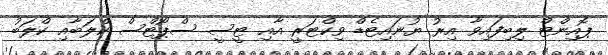
ޕޮއިންޓް ލިބިފައިވާ އިރު ޔުނައިޓެޑް ވިކްޓަރީ އާއި ޓީސީ ސްޕޯޓްސް ކްލަބާއި ކްލަބު